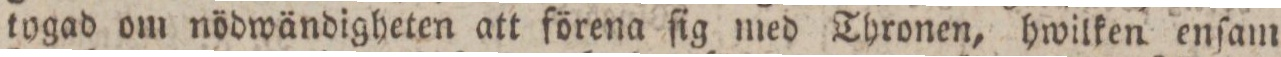
tygad om nödwändigheten att förena ſig med Thronen, hwilken enſam